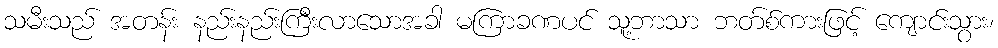
သမီးသည် အတန်း နည်းနည်းကြီးလာသောအခါ မကြာခဏပင် သူ့ဘာသာ ဘတ်စ်ကားဖြင့် ကျောင်းသွား၊